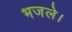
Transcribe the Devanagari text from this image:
भजले।